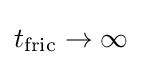
t_{\text{fric}}\rightarrow \infty